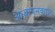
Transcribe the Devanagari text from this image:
अध्यापनकाल